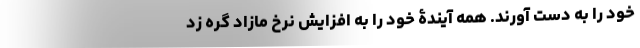
خود را به دست آورند. همهِ آیندۀ خود را به افزایش نرخ مازاد گره زد